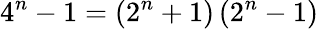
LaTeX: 4^{n}-1=\left(2^{n}+1\right)\left(2^{n}-1\right)